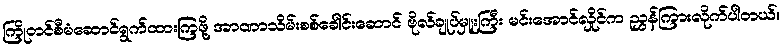
ကြိုတင်စီမံဆောင်ရွက်ထားကြဖို့ အာဏာသိမ်းစစ်ခေါင်းဆောင် ဗိုလ်ချုပ်မှူးကြီး မင်းအောင်လှိုင်က ညွှန်ကြားလိုက်ပါတယ်။